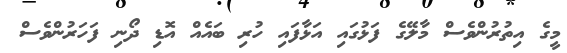
މީގެ އިތުރުންވެސް މާލޭގެ ފަޅުގައި އަޅާފައި ހުރި ބައެއް އޮޑި ދޯނި ފަހަރުންވެސް